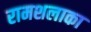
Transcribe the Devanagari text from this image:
रामशलाका